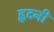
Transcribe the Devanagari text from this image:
ह्वदनी